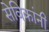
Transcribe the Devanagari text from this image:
सेविकांनी